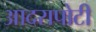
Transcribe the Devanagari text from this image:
आदरापोटी